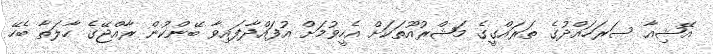
އޭޝިއާ ސަރަހައްދުގެ ތަރައްގީގެ މަޝްރުއޫތަކަށް އެހީވުމަށް އުފައްދާފައިވާ ބޭންކުން ރާއްޖޭގެ ހާލަތާ ބެހޭ